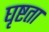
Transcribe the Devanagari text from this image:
घृष्टता